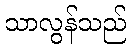
သာလွန်သည်